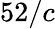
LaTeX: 52/c